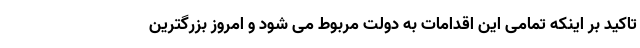
تاکید بر اینکه تمامی این اقدامات به دولت مربوط می شود و امروز بزرگترین